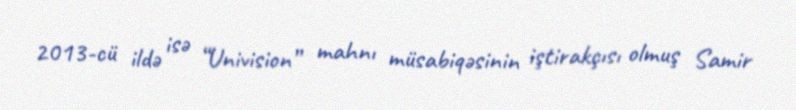
2013-cü ildə isə “Univision” mahnı müsabiqəsinin iştirakçısı olmuş Samir